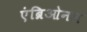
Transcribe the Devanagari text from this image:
एंब्रिओनल